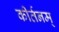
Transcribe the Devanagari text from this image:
कीर्तनम्